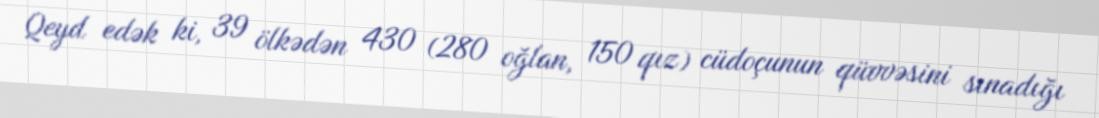
Qeyd edək ki, 39 ölkədən 430 (280 oğlan, 150 qız) cüdoçunun qüvvəsini sınadığı